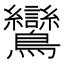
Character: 鸞